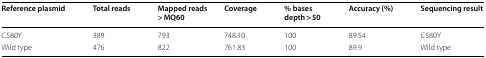
| Reference plasmid | Total reads | Mapped reads > MQ60 | Coverage | % bases depth > 50 | Accuracy (%) | Sequencing result |
 | --- | --- | --- | --- | --- | --- | --- |
 | C580Y | 389 | 793 | 748.10 | 100 | 89.54 | C580Y |
 | Wild type | 476 | 822 | 761.83 | 100 | 89.9 | Wild type |